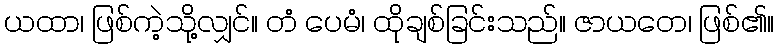
ယထာ၊ ဖြစ်ကဲ့သို့လျှင်။ တံ ပေမံ၊ ထိုချစ်ခြင်းသည်။ ဇာယတေ၊ ဖြစ်၏။